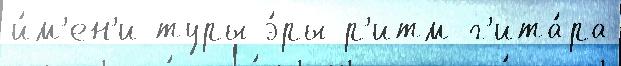
и́м'ен'и туры э́ры р'итм-г'ита́ра